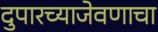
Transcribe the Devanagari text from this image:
दुपारच्याजेवणाचा